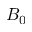
B _ { 0 }